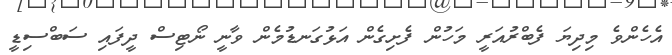
އެހެންވެ މިދިޔަ ފެބްރުއަރީ މަހުންް ފެށިގެން އަޅުގަނޑުމެން ވާނީ ނޯޓިިސް ދީފައި ސަބްސިޑީ